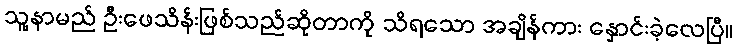
သူ့နာမည် ဦးဖေသိန်းဖြစ်သည်ဆိုတာကို သိရသော အချိန်ကား နှောင်းခဲ့လေပြီ။